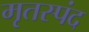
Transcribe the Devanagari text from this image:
मृतस्पंद